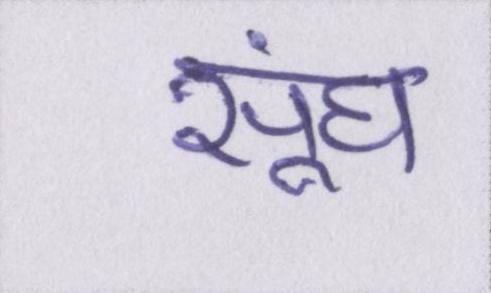
सूंघ